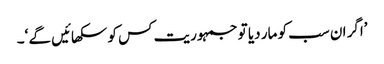
’اگر ان سب کو مار دیا تو جمہوریت کس کو سکھائیں گے ‘۔